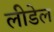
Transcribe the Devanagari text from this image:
लीडेल